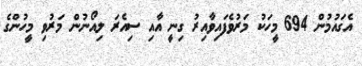
އެގައުމުން 694 މީހަކު މަރުވެފައިވާއިރު ގިނީ އާއި ސިއެރަ ލިއޯނުން މަރުވި މީހުންގެ